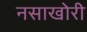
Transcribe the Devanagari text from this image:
नसाखोरी